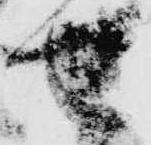
せ